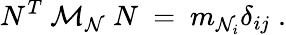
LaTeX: N^{T}~{\cal M}_{\cal N}~N~=~m_{{\cal N}_{i}}\delta_{ij}\; .